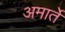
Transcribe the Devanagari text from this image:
अमार्ते